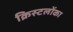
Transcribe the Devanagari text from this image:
क्रिस्टलोंका